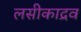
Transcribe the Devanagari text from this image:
लसीकाद्रव